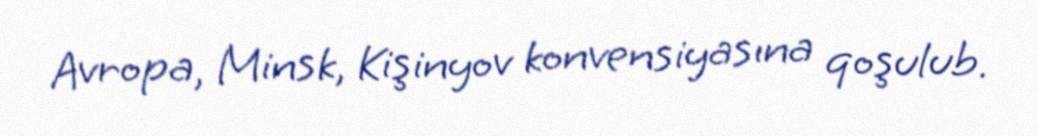
Avropa, Minsk, Kişinyov konvensiyasına qoşulub.